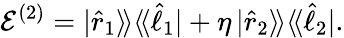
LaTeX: \mathcal{E}^{(2)}=|\hat{r}_{1}\rangle\! \rangle\langle\! \langle\hat{\ell}_{1}|+\eta\, |\hat{r}_{2}\rangle\! \rangle\langle\! \langle\hat{\ell}_{2}|.